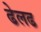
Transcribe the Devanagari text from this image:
ढेलढ